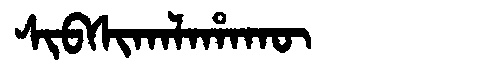
Manchu: ᠰᡳᠪᠰᡳᡴᠠᠯᠠᡥᠠᡴᡡ
Romanization: SIBSIKALAHAKŪ